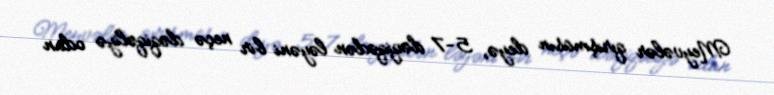
Meyvələr qırışmasın deyə, 5-7 dəqiqədən ləyəni bir neçə dəqiqəliyə odun